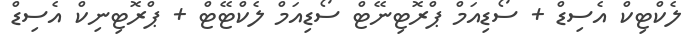
ލެކްޓިކް އެސިޑް + ސޯޑިއަމް ޕްރޮޓިނޭޓް ސޯޑިއަމް ލެކްޓޭޓް + ޕްރޮޓިނިކް އެސިޑް